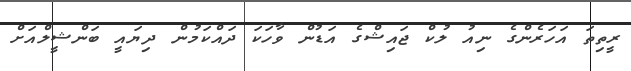
ރީތިތަ އަހަރެންގެ ނިއު ލުކް ޖައިޝްގެ އަޑުން ވާހަކަ ދައްކަމުން ދިޔައީ ބަންޝީލްއަށް